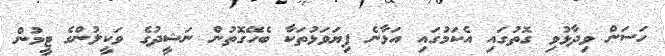
ހަސަން ވިދާޅުވި ގޮތުގައި އެކަމުގައި އަޅާނެ ފިޔަވަޅުތަކާ ބެހޭގޮތުން ނަޝީދުގެ ވަކީލުންގެ ޓީމުން